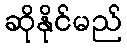
ဆိုနိုင်မည်